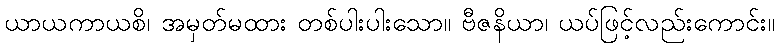
ယာယကာယစိ၊ အမှတ်မထား တစ်ပါးပါးသော။ ဗီဇနိယာ၊ ယပ်ဖြင့်လည်းကောင်း။